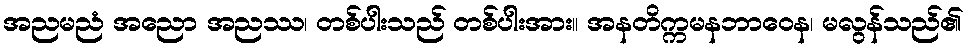
အညမညံ အညော အညဿ၊ တစ်ပါးသည် တစ်ပါးအား။ အနတိက္ကမနဘာဝေန၊ မလွန်သည်၏